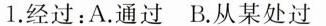
1.经过：A.通过B.从某处过